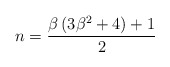
\begin{align*}n=\frac{\beta\left(3\beta^{2}+4\right)+1}{2}\end{align*}